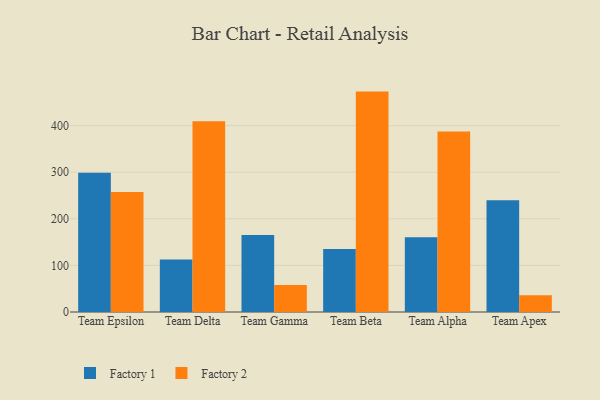
{"axis": {"x": "Team", "y": "Demand Index"}, "legend": ["Factory 1", "Factory 2"], "data": [{"x": "Team Epsilon", "y": 298.8, "type": "Factory 1"}, {"x": "Team Epsilon", "y": 257.7, "type": "Factory 2"}, {"x": "Team Delta", "y": 112.8, "type": "Factory 1"}, {"x": "Team Delta", "y": 409.5, "type": "Factory 2"}, {"x": "Team Gamma", "y": 165.3, "type": "Factory 1"}, {"x": "Team Gamma", "y": 58.1, "type": "Factory 2"}, {"x": "Team Beta", "y": 135.1, "type": "Factory 1"}, {"x": "Team Beta", "y": 473.0, "type": "Factory 2"}, {"x": "Team Alpha", "y": 160.3, "type": "Factory 1"}, {"x": "Team Alpha", "y": 387.5, "type": "Factory 2"}, {"x": "Team Apex", "y": 239.8, "type": "Factory 1"}, {"x": "Team Apex", "y": 35.9, "type": "Factory 2"}]}